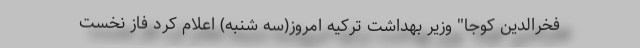
فخرالدین کوجا" وزیر بهداشت ترکیه امروز(سه شنبه) اعلام کرد فاز نخست